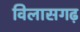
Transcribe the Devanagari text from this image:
विलासगढ़